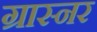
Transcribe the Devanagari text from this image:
ग्रास्नर